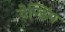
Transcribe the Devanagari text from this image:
वेण्डिंग